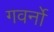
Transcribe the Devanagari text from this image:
गवर्नो